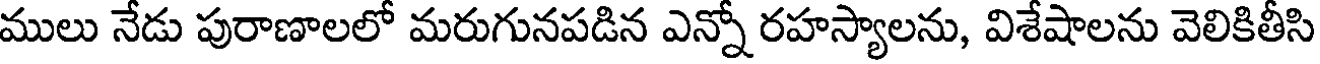
ములు నేడు పురాణాలలో మరుగునపడిన ఎన్నో రహస్యాలను, విశేషాలను వెలికితీసి